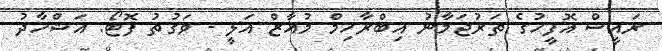
ރައީސް އޮފީހުގެ ތަރުޖަމާނު އިބްރާހިމް މުއާޒް އަލީ - ވަގުތު ފޮޓޯ: އަޝްހާދު